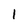
Character: 1